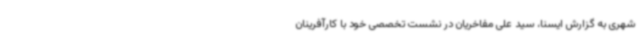
شهری به گزارش ایسنا، سید علی مفاخریان در نشست تخصصی خود با کارآفرینان